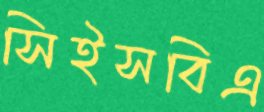
সিইসবিএ